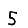
Digit: 5